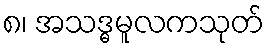
၈၊ အသဒ္ဓမူလကသုတ်